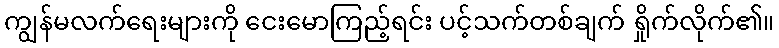
ကျွန်မလက်ရေးများကို ငေးမောကြည့်ရင်း ပင့်သက်တစ်ချက် ရှိုက်လိုက်၏။